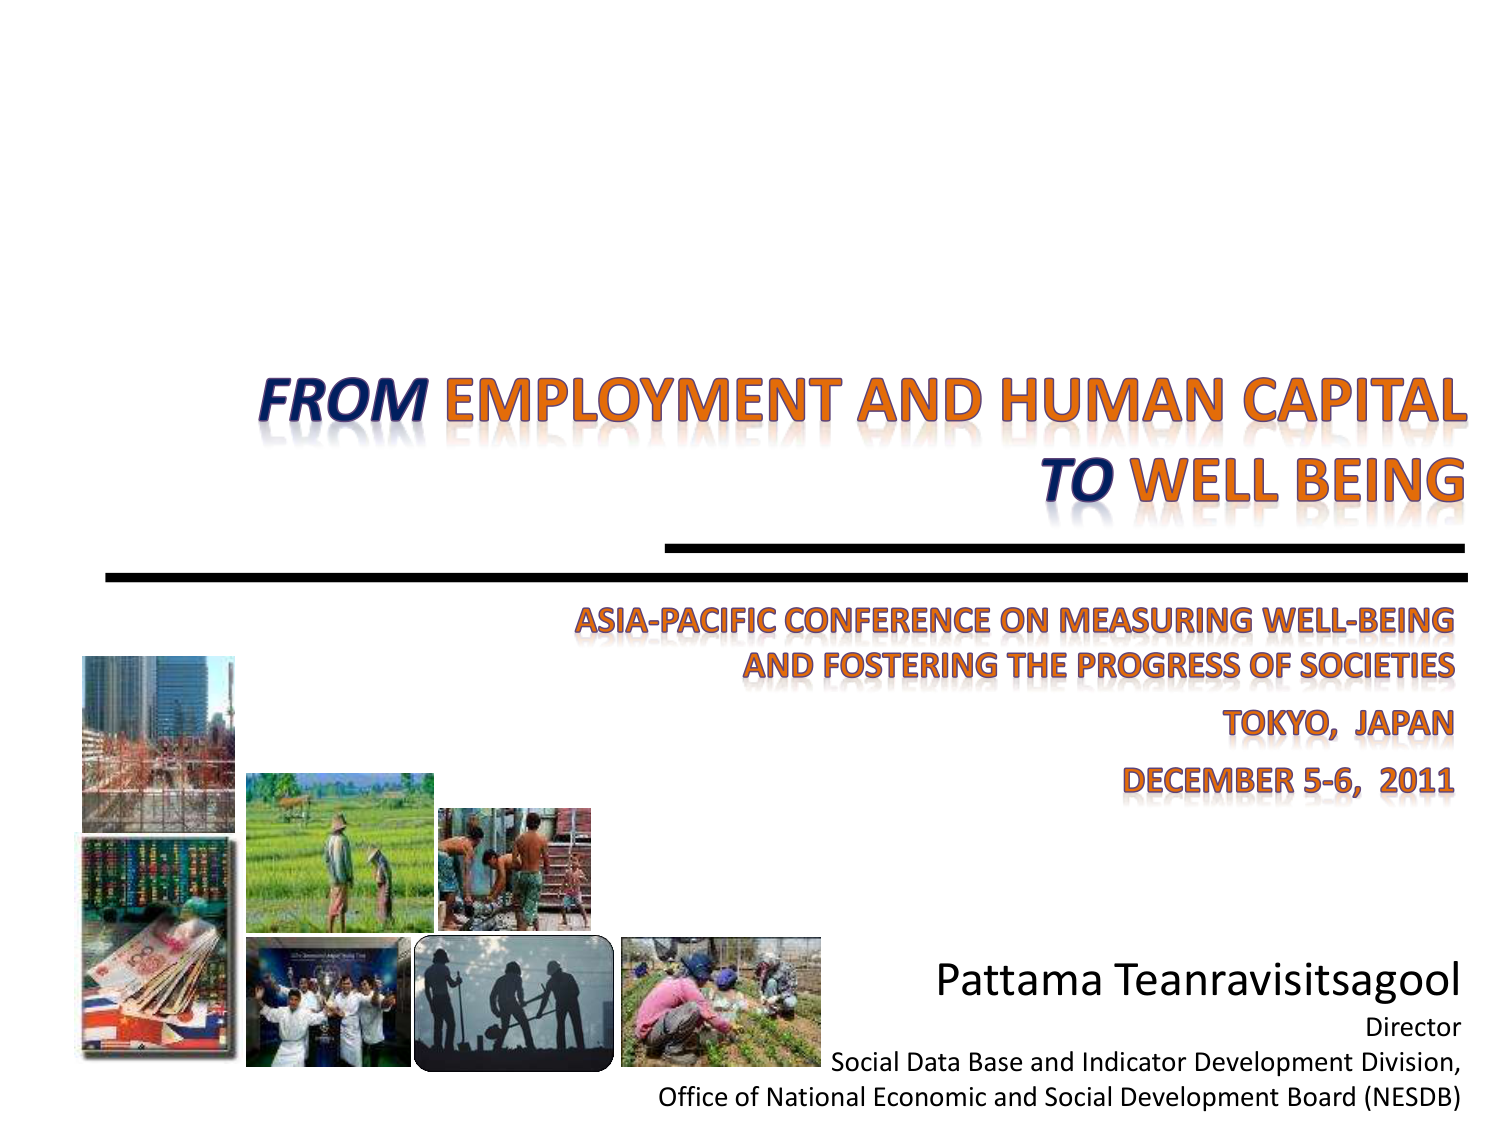
FROM EMPLOYMENT AND HUMAN CAPITAL
TO WELL BEING

ASIA-PACIFIC CONFERENCE ON MEASURING WELL-BEING
AND FOSTERING THE PROGRESS OF SOCIETIES
TOKYO, JAPAN
DECEMBER 5-6, 2011

Pattama Teanravisitsagool
Director
Social Data Base and Indicator Development Division,
Office of National Economic and Social Development Board (NESDB)